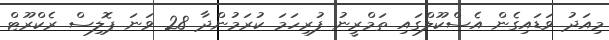
މިއަދު ވަޑައިގެން އެސްކޫލްގައި ތަމްރީނު ފުރިހަމަ ކުރަމުންދާ 28 ވަނަ ޕޮލިސް ރެކްރޫޓް